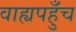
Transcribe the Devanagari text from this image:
वाह्यपहुँच